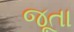
જૂતા